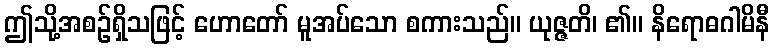
ဤသို့အစဉ်ရှိသဖြင့် ဟောတော် မူအပ်သော စကားသည်။ ယုဇ္ဇတိ၊ ၏။ နိရောဓဂါမိနီ